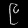
Digit: ၉